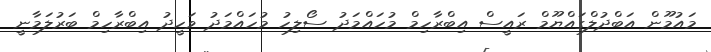
މައުމޫން އަބްދުލްގައްޔޫމް ރައީސް އިބްރާހިމް މުހައްމަދު ސޯލިހު މުހައްމަދު ވަހީދު އިބްރާހިމް ބަރުލަމާނީ